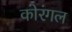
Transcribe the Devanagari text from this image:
कोरंगल